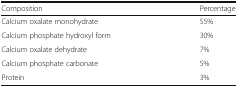
<table><thead><tr><td><b>Composition</b></td><td><b>Percentage</b></td></tr></thead><tbody><tr><td>Calcium oxalate monohydrate</td><td>55%</td></tr><tr><td>Calcium phosphate hydroxyl form</td><td>30%</td></tr><tr><td>Calcium oxalate dehydrate</td><td>7%</td></tr><tr><td>Calcium phosphate carbonate</td><td>5%</td></tr><tr><td>Protein</td><td>3%</td></tr></tbody></table>